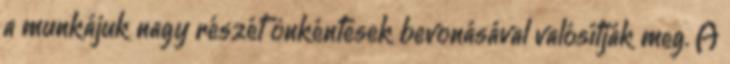
a munkájuk nagy részét önkéntesek bevonásával valósítják meg. A